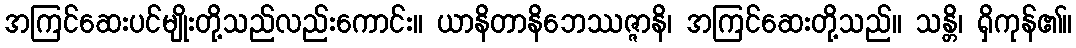
အကြင်ဆေးပင်မျိုးတို့သည်လည်းကောင်း။ ယာနိတာနိဘေဿဇ္ဇာနိ၊ အကြင်ဆေးတို့သည်။ သန္တိ၊ ရှိကုန်၏။